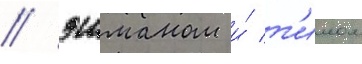
/ эшманом и́ т'имом